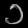
Digit: ၁